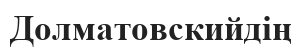
Долматовскийдің